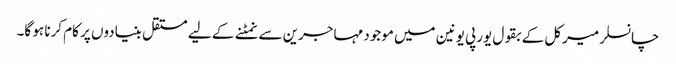
چانسلر میرکل کے بقول یورپی یونین میں موجود مہاجرین سے نمٹنے کے لیے مستقل بنیادوں پر کام کرنا ہو گا۔